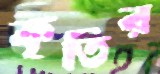
কৃতির